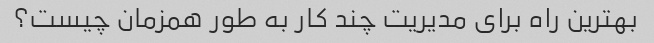
بهترین راه برای مدیریت چند کار به طور همزمان چیست؟